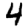
Digit: 4